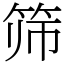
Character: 筛